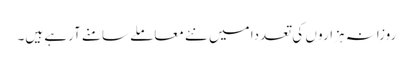
روزانہ ہزارو ں کی تعددا میں نئے معاملے سامنے آرہے ہیں۔